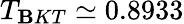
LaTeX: T_{\mathbf{B}KT}\simeq0.8933